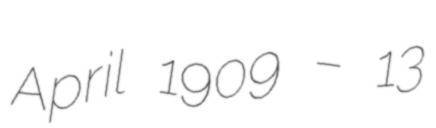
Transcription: April 1909 – 13